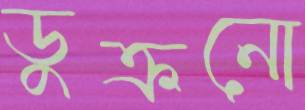
ডুক্‌রনো